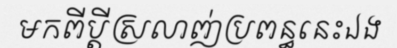
មកពីប្តីស្រលាញ់ប្រពន្ធនេះឯង